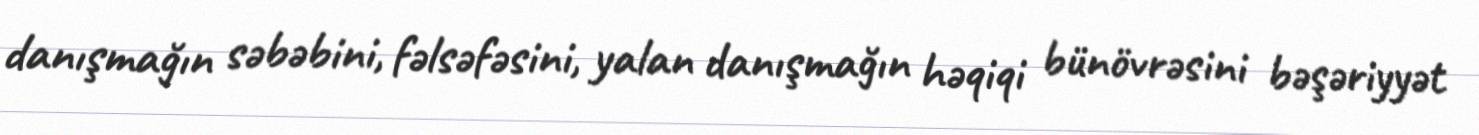
danışmağın səbəbini, fəlsəfəsini, yalan danışmağın həqiqi bünövrəsini bəşəriyyət